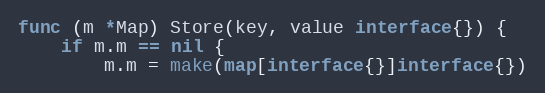
Language: Go
func (m *Map) Store(key, value interface{}) {
	if m.m == nil {
		m.m = make(map[interface{}]interface{})